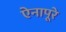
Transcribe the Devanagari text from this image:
ऐनापूरे